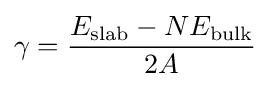
\gamma ={\frac {E_{\text{slab}}-NE_{\text{bulk}}}{2A}}